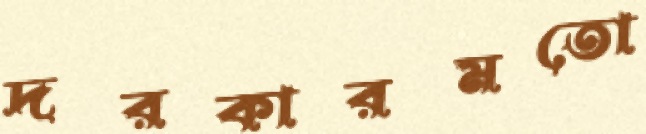
দরকারমতো